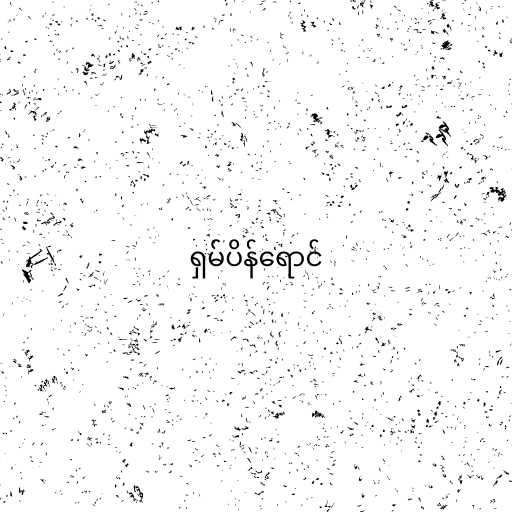
ရှမ်ပိန်ရောင်